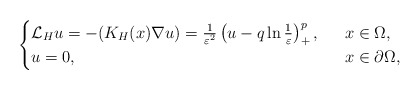
\begin{align*}\begin{cases}\mathcal{L}_Hu=-(K_H(x)\nabla u)=\frac{1}{\varepsilon^2} \left( u-q\ln\frac{1}{\varepsilon}\right) ^{p}_+,\ \ &x\in \Omega,\\u=0,\ \ &x\in\partial \Omega,\end{cases}\end{align*}